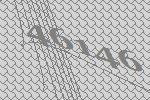
46146